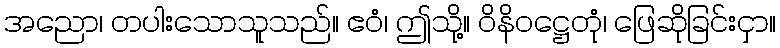
အညော၊ တပါးသောသူသည်။ ဧဝံ၊ ဤသို့။ ဝိနိဝဋ္ဌေတုံ၊ ဖြေဆိုခြင်းငှာ။